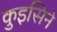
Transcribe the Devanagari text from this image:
कुइसिने